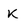
Character: K